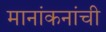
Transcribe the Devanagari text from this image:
मानांकनांची